Report on the treatment of epidemic cholera: from information collected by the governments of Bengal, Madras, Bombay, N.W. Provinces, Punjab, Oudh, and Central India, by order of the Government of India
Disease focus: Cholera
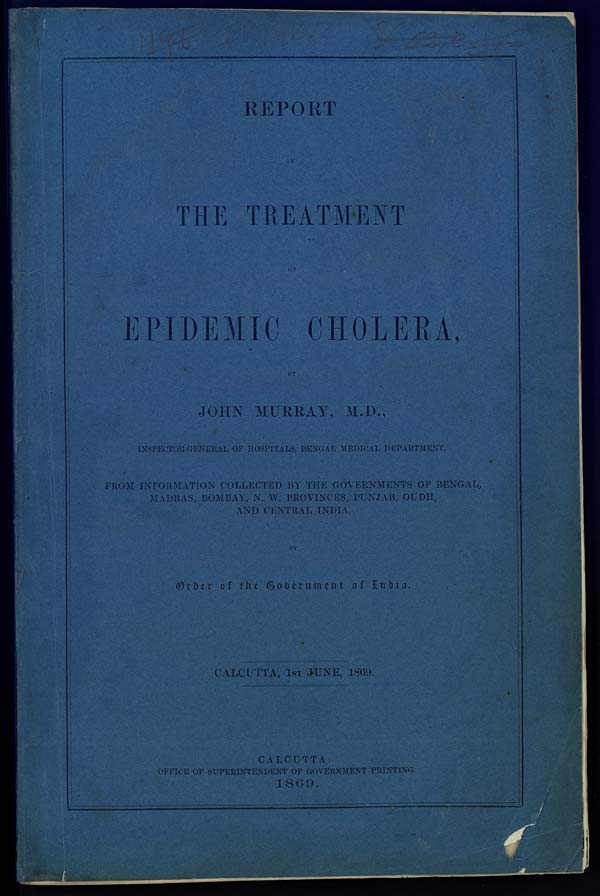
REPORT
ON
THE TREATMENT
OF
EPIDEMIC CHOLERA,
BY
JOHN MURRAY, M.D.,
INSPECTOR-GENERAL OF HOSPITALS, BENGAL MEDICAL DEPARTMENT,
FROM INFORMATION COLLECTED BY THE GOVERNMENTS OF BENGAL,
MADRAS, BOMBAY, N. W. PROVINCES, PUNJAB, OUDH,
AND CENTRAL INDIA,
BY
Order of the Government of India.
CALCUTTA, 1ST JUNE, 1869.
CALCUTTA:
OFFICE OF SUPERINTENDENT OF GOVERNMENT PRINTING.
1869.